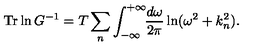
\mathrm { T r } \ln G ^ { - 1 } = T \sum _ { n } ^ { } \int _ { - \infty } ^ { + \infty } \! \! \frac { d \omega } { 2 \pi } \ln ( \omega ^ { 2 } + k _ { n } ^ { 2 } ) { . }